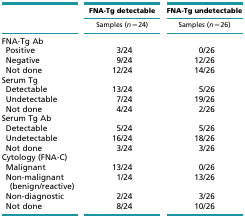
<table><thead><tr><td></td><td><b>FNA-Tg detectable</b></td><td><b>FNA-Tg undetectable</b></td></tr><tr><td><b>Samples (<i>n</i>=24)</b></td><td><b>Samples (<i>n</i>=26)</b></td></tr></thead><tbody><tr><td>FNA-Tg Ab</td><td></td><td></td></tr><tr><td> Positive</td><td>3/24</td><td>0/26</td></tr><tr><td> Negative</td><td>9/24</td><td>12/26</td></tr><tr><td> Not done</td><td>12/24</td><td>14/26</td></tr><tr><td>Serum Tg</td><td></td><td></td></tr><tr><td> Detectable</td><td>13/24</td><td>5/26</td></tr><tr><td> Undetectable</td><td>7/24</td><td>19/26</td></tr><tr><td> Not done</td><td>4/24</td><td>2/26</td></tr><tr><td>Serum Tg Ab</td><td></td><td></td></tr><tr><td> Detectable</td><td>5/24</td><td>5/26</td></tr><tr><td> Undetectable</td><td>16/24</td><td>18/26</td></tr><tr><td> Not done</td><td>3/24</td><td>3/26</td></tr><tr><td>Cytology (FNA-C)</td><td></td><td></td></tr><tr><td> Malignant</td><td>13/24</td><td>0/26</td></tr><tr><td> Non-malignant (benign/reactive)</td><td>1/24</td><td>13/26</td></tr><tr><td> Non-diagnostic</td><td>2/24</td><td>3/26</td></tr><tr><td> Not done</td><td>8/24</td><td>10/26</td></tr></tbody></table>